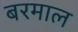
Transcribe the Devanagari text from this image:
बरमाल